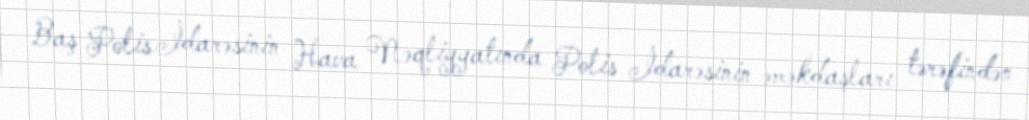
Baş Polis İdarəsinin Hava Nəqliyyatında Polis İdarəsinin əməkdaşları tərəfindən